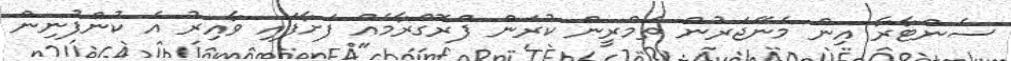
ސެންޓާރާ އިން މެނޭޖަރުން ތަމްރީން ކުރަން ޕްރޮގްރާމެއް ފަށާފައި ވާއިރު އެ ކުންފުނިން